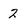
Character: 2